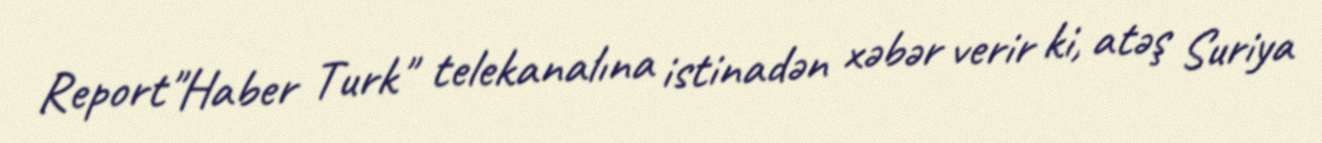
Report"Haber Turk" telekanalına istinadən xəbər verir ki, atəş Suriya